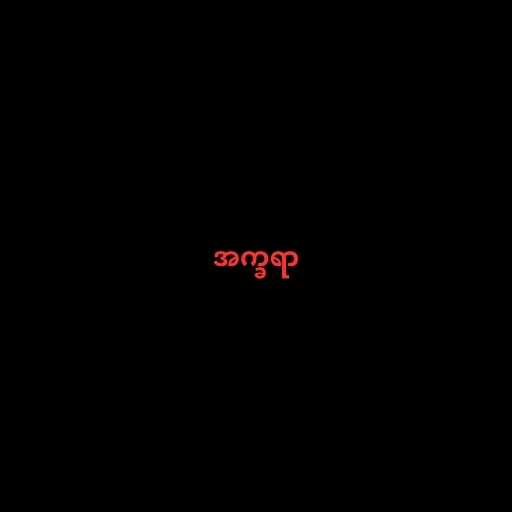
အက္ခရာ